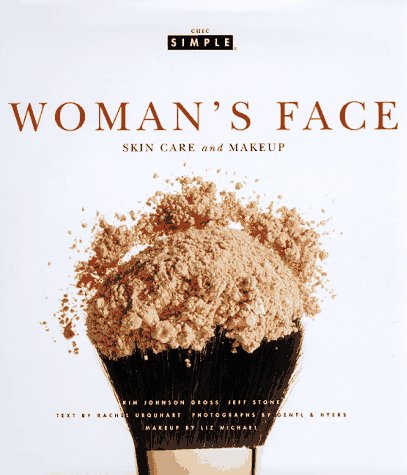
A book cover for Woman's Face (Chic Simple): Skin Care and Makeup; Kim Johnson Gross; Health, Fitness & Dieting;